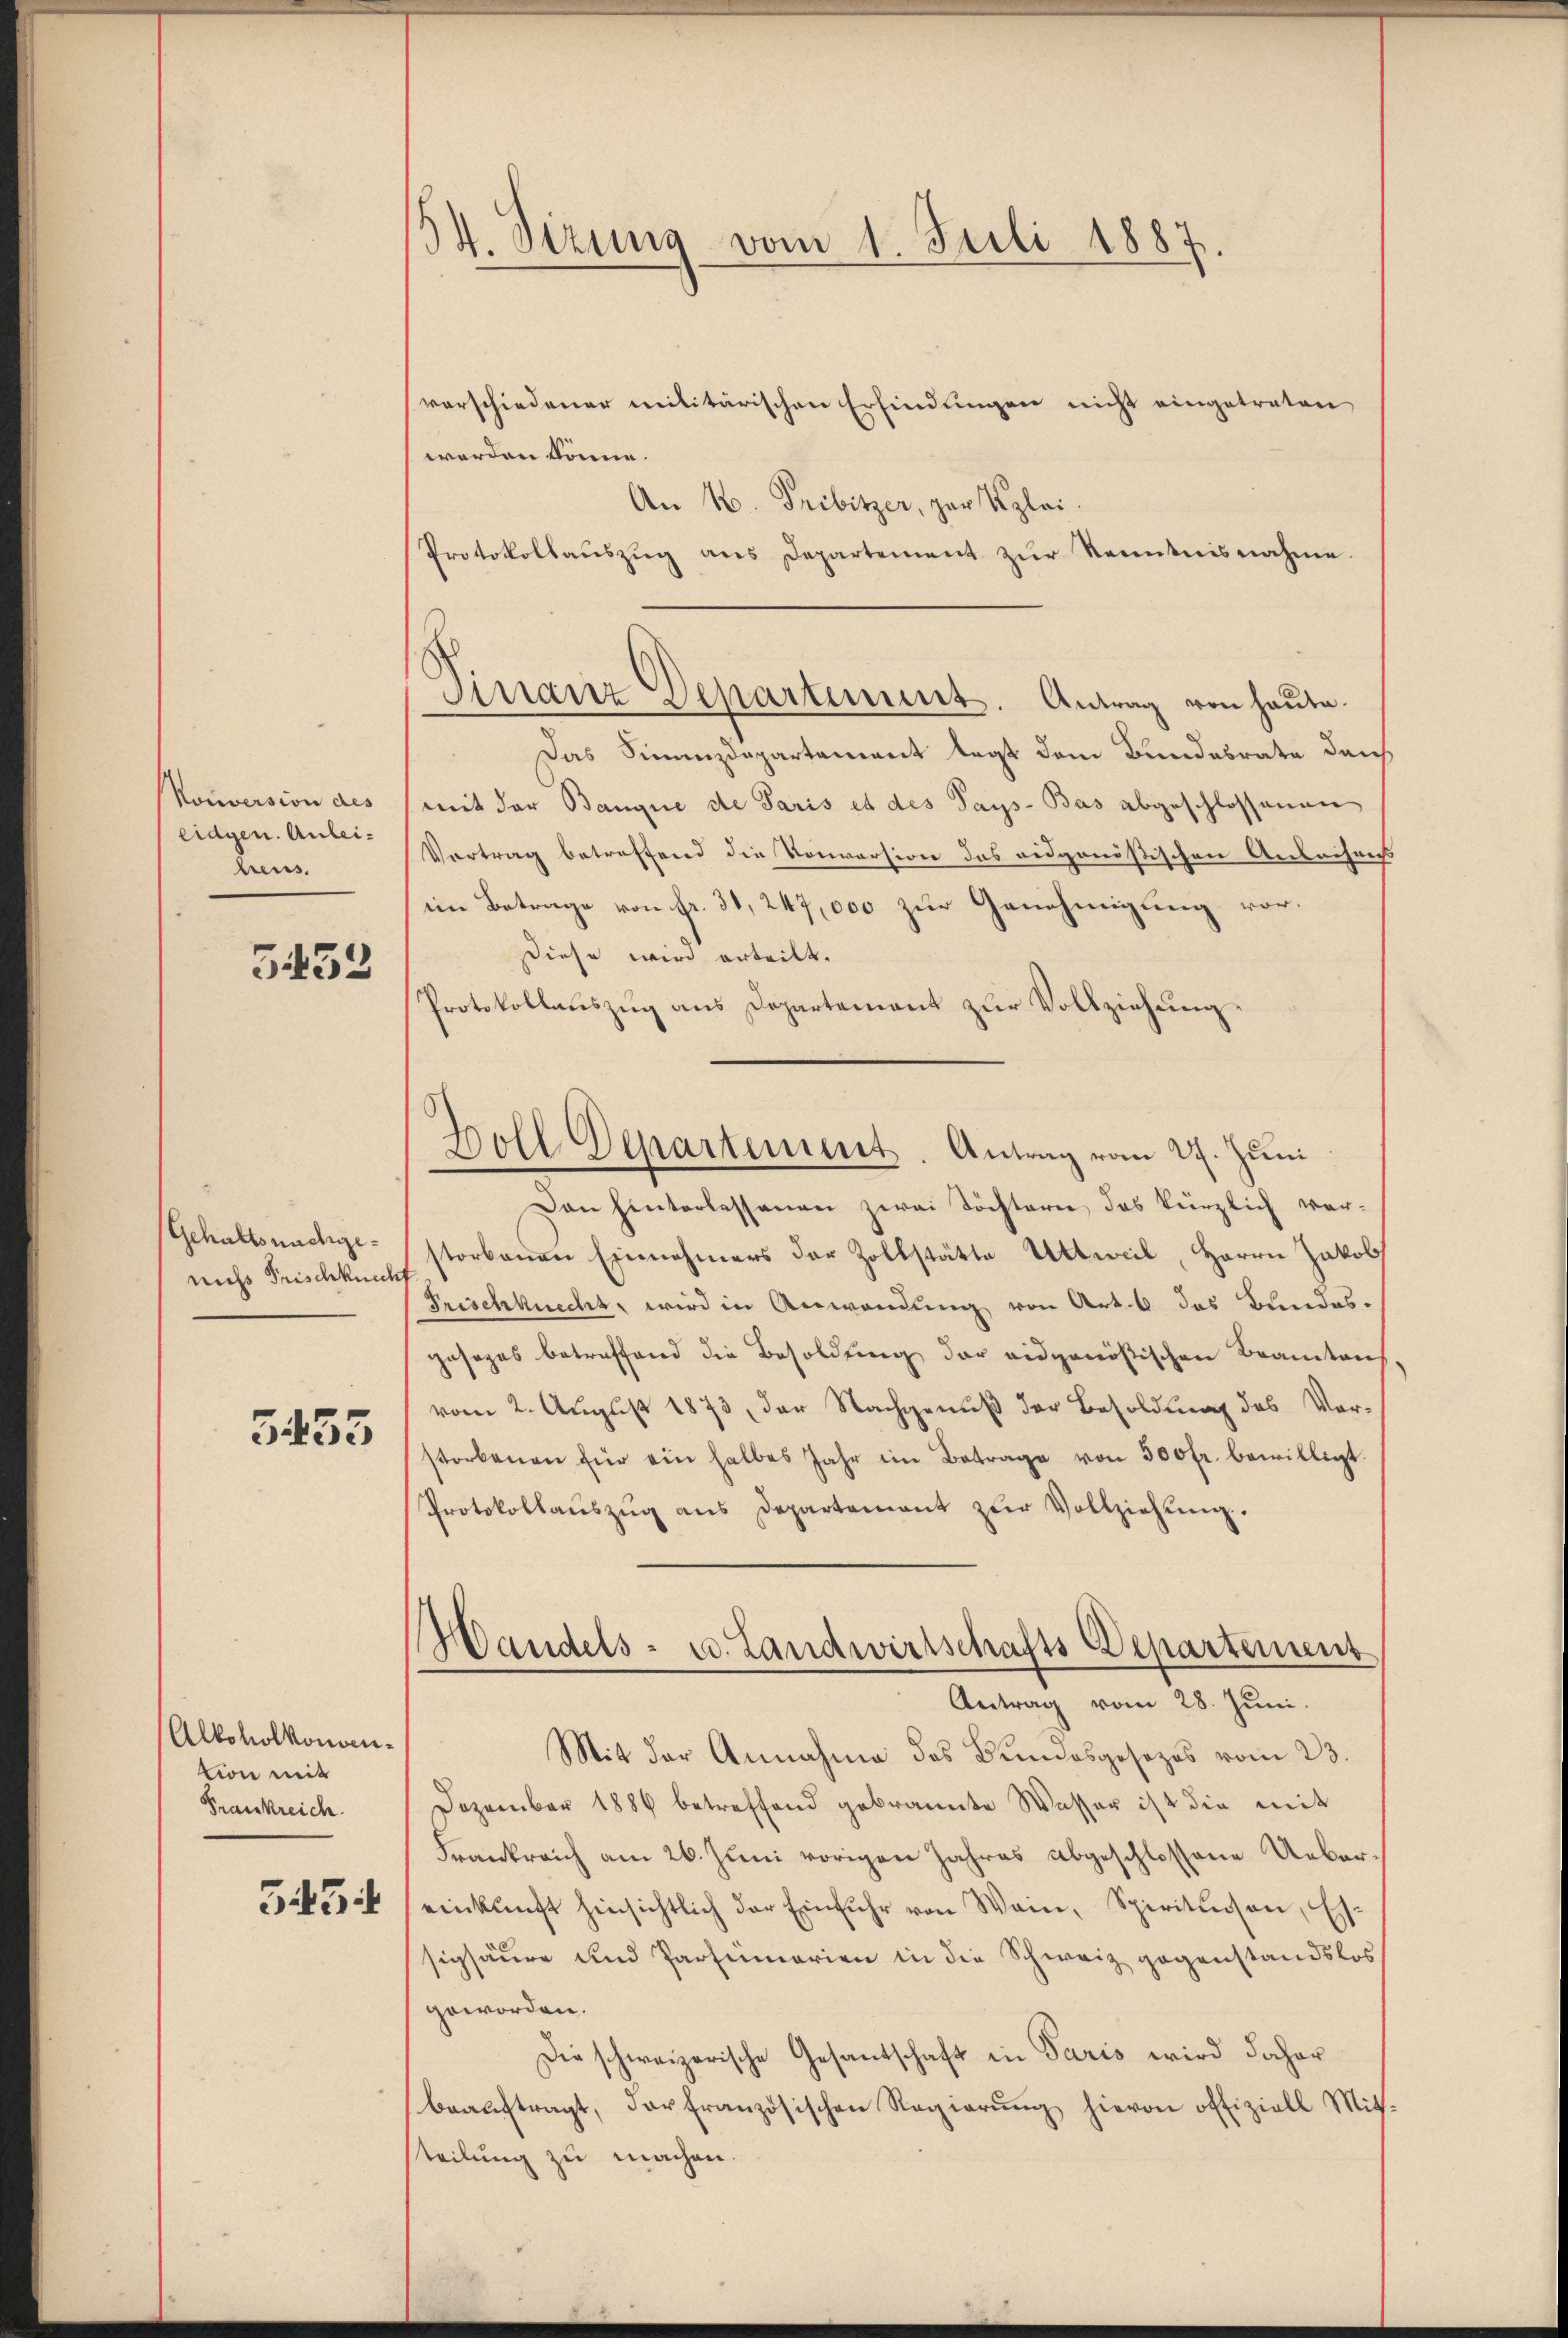
Konversion des
eidgen. Anleiheus.

3433

Gehaltsnachgenicht Frischknech

5453

Alkoholkonvention mit
Frankreich
345.

34. Sizung vom 1. Juli 1887.

verschiedener militärischen Erfindungen nicht eingetraten
werden könne.
An 4. Pribitzer, per Klei
Protokollauszug aus Departement zur Kenntnisnahme.
Das Finanzdepartement legt dem Bundesrate danch
mit der Banque de Paris et des Pays-Bas abgeschlossenen
Vortrag betreffend die Konversion das eidgenößischen Anleihens
im Betrage von fr. 31, 247,000 zur Genehmigung vor¬
Diese wird erteilt.
Protokollauszug aus Departement zur Vollziehung.
Dan hinterlassenen zwei Töchtern des kürzlich ver-
storbenen Einnahmers der Zollstätte Altweil, Herrn Jakob
Frischknecht, wird in Anwendung von Art. 6 das Bundesgesages betreffend die Besoldung der eidgenößischen Beamtens
vom 2. August 1873, der Nachgenuß der Besoldung des Verstorbenen für ein halbes Jahr ein Betrage von 500 fr. bewilligt.
Protokollaŭszŭg ans Departement zŭr Vollziehŭng.
Handels- u. Landwirtschafts-Departement
Antrag vom 28. Juni.
Mit der Annahme des Bundesgesezes vom 23.
Dezember 1886 betreffend gebrannte Wasser ist die mit
Frankreich am 26. Juni vorigen Jahres abgeschlossene Uebereinkunft hinsichtlich der Einfuhr von Wein, Spiritinsen, Es
sigsäure und Partemorien in die Schweiz gegenstandslos
geworden.
Die schweizerische Gesandschaft in Paris wird daher
beaŭftragt, der französischen Regierŭng hievon offiziell Mitteilung zu machen.

Finanz Departement. Antrag von heute.

Boll Departement. Antrag vom 27. Juni